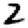
Digit: 2